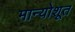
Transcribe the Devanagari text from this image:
मान्योशूत